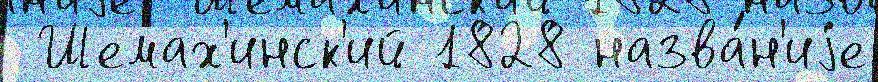
 Шемах'инск'ий 1828 назва́н'иjе